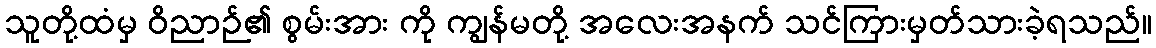
သူတို့ထံမှ ဝိညာဉ်၏ စွမ်းအား ကို ကျွန်မတို့ အလေးအနက် သင်ကြားမှတ်သားခဲ့ရသည်။